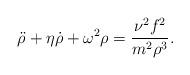
LaTeX: \begin{align*} \ddot{\rho}+\eta \dot{\rho}+\omega^2\rho=\frac{\nu^2 f^2}{m^2\rho^3}.\end{align*}